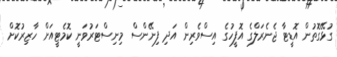
ގުޅޭގޮތުން އޮޑީޓާ ޖެނެރަލްގެ އޮފީހުގެ އިސްވެރިން އަދި ފިނޭންސް މިނިސްޓަރުވަނީ ކޮމެޓީއަށް ހާޒިރުކޮށް